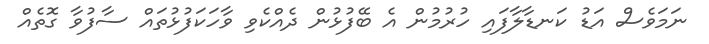
ނަމަވެސް އަޑު ކަނޑާލާފައި ހުރުމުން އެ ބޭފުޅުން ދެއްކެވި ވާހަކަފުޅުތައް ސާފުވާ ގޮތެއް